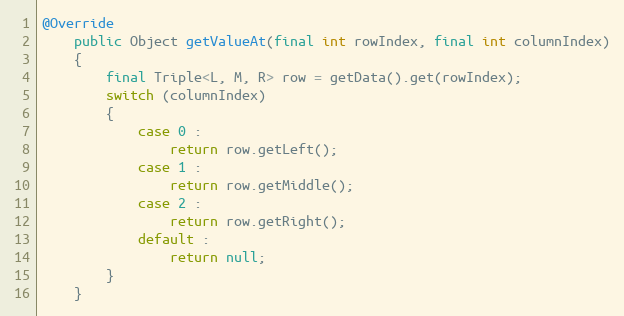
Language: Java
@Override
	public Object getValueAt(final int rowIndex, final int columnIndex)
	{
		final Triple<L, M, R> row = getData().get(rowIndex);
		switch (columnIndex)
		{
			case 0 :
				return row.getLeft();
			case 1 :
				return row.getMiddle();
			case 2 :
				return row.getRight();
			default :
				return null;
		}
	}